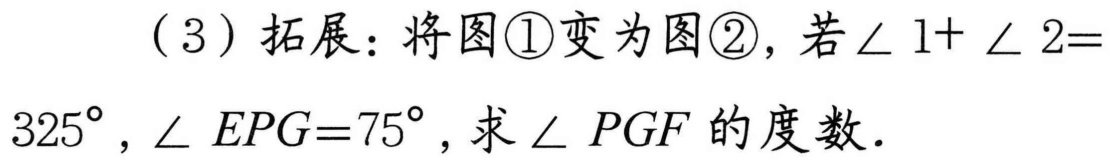
(3) 拓展：将图\textcircled{1}变为图\textcircled{2}，若$\angle 1+\angle 2 = 325^{\circ}$，$\angle EPG = 75^{\circ}$，求$\angle PGF$的度数.